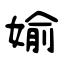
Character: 媮